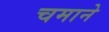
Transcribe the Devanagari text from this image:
चमाने